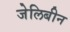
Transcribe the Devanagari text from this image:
जेलिबीन